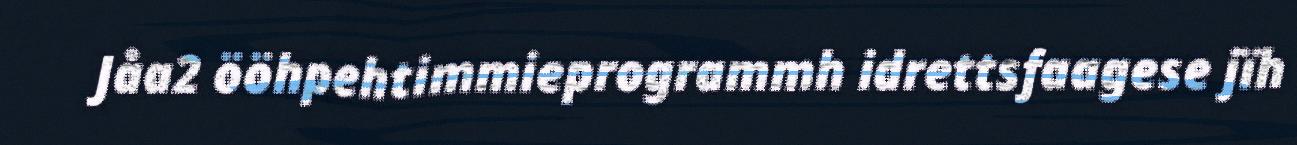
Jåa2 ööhpehtimmieprogrammh idrettsfaagese jïh